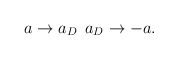
\begin{align*}a \rightarrow a_{D} \> \> a_{D} \rightarrow -a.\end{align*}